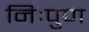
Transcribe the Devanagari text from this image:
निःपुण